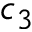
c _ { 3 }